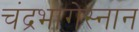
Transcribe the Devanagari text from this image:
चंद्रभागेस्नान